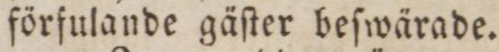
förfulande gäſter beſwärade.